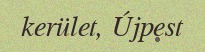
kerület, Újpest